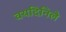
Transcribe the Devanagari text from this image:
वयदिनिले